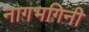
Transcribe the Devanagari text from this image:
नागभगिनी